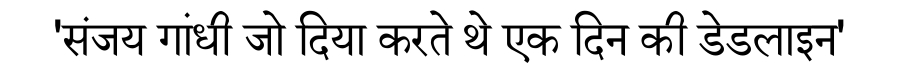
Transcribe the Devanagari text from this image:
'संजय गांधी जो दिया करते थे एक दिन की डेडलाइन'